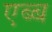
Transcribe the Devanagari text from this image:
एब्ब